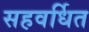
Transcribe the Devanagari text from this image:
सहवर्धित